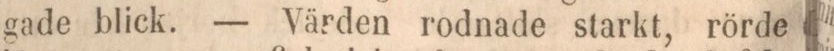
gade blick. — Värden rodnade starkt, rörde